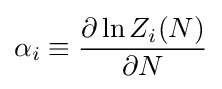
\alpha _{i}\equiv {\frac {\partial \ln Z_{i}(N)}{\partial N}}